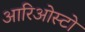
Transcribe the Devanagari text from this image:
आरिओस्टो